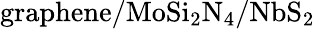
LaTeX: \mathrm{graphene/MoSi_{2}N_{4}/NbS_{2}}